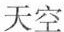
天空